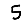
Digit: 5